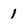
Character: 1